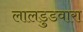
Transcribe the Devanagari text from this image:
लालडुडवारा